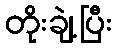
တိုးချဲ့ပြီး